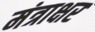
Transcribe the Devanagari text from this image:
मंत्राक्षर